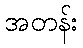
အတန်း